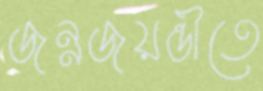
জন্মজয়ন্তীতে